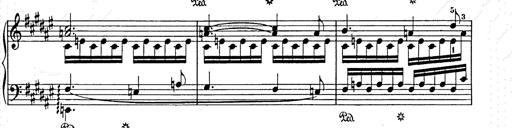
Title: Weihnachtsbaum
Composer: Franz Liszt